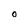
Character: O